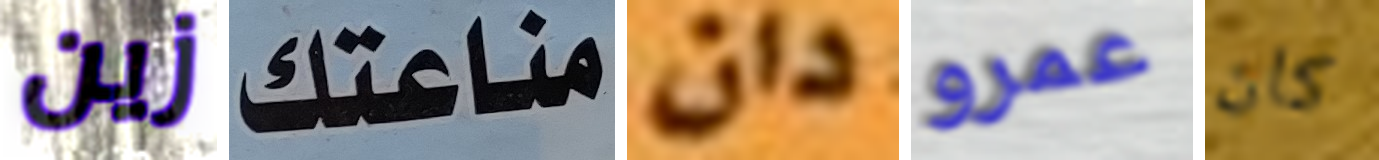
زين مناعتك دان عمرو كان